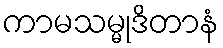
ကာမသမ္မုဒိတာနံ